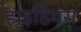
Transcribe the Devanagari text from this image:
हाइडियस